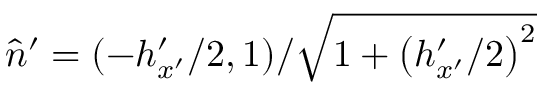
\hat { n } ^ { \prime } = ( - h _ { x ^ { \prime } } ^ { \prime } / 2 , 1 ) / \sqrt { 1 + \left( h _ { x ^ { \prime } } ^ { \prime } / 2 \right) ^ { 2 } }